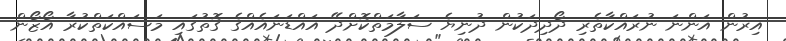
އިރުން އަންނަ ނުރައްކާތެރި ދޯދިދަކުން ދުނިޔެ ސަލާމަތްކޮށްދޭ އައްޑަނައެއްގެ ގޮތުގައި މަސައްކަތްކުރާ އޯޒޯން